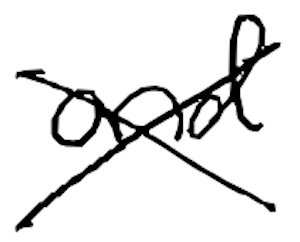
Text: and
Cross-out: mix
Writing tool: digital_black